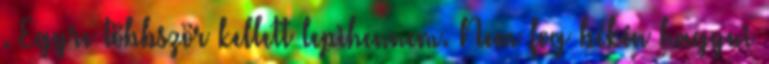
. Egyre többször kellett lepihennem. Nem fog békén hagyni